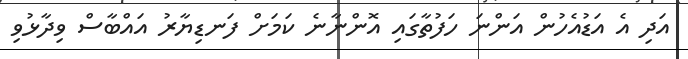
އަދި އެ އަޑުއެހުން އަންނަ ހަފުތާގައި އޮންނާނެ ކަމަށް ފަނޑިޔާރު އައްބާސް ވިދާޅުވި